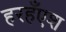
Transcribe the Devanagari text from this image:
हरहँएश